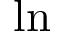
\ln